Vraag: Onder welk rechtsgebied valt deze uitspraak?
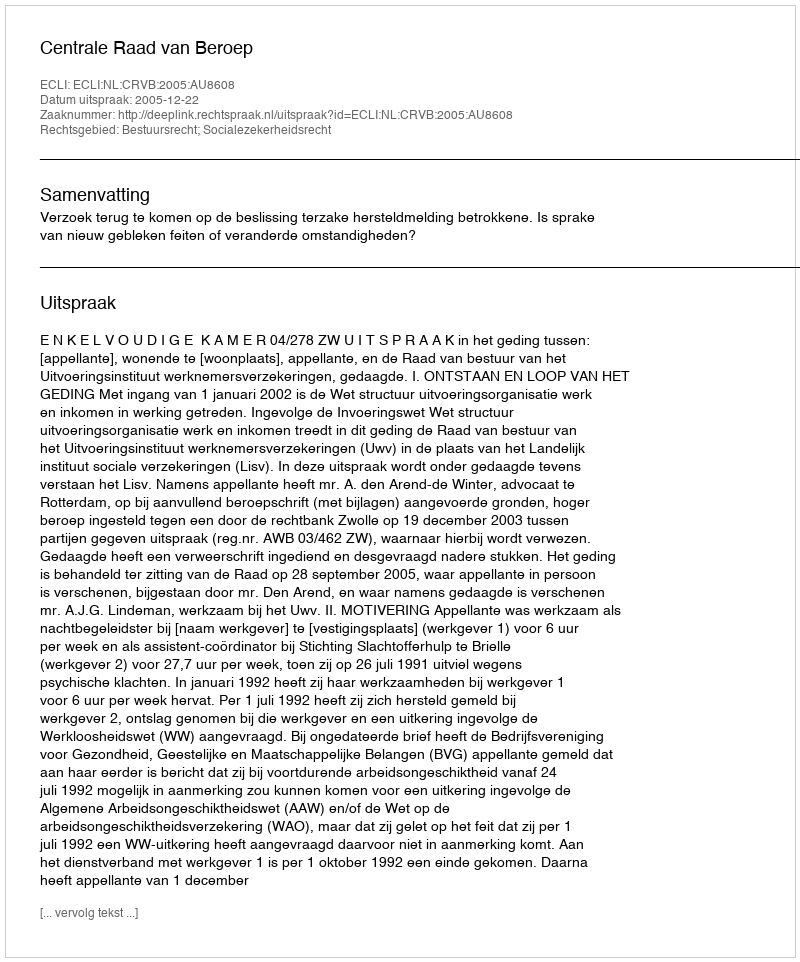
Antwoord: Bestuursrecht; Socialezekerheidsrecht